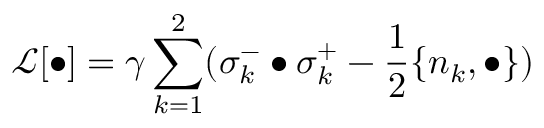
\mathcal { L } [ \bullet ] = \gamma \sum _ { k = 1 } ^ { 2 } ( \sigma _ { k } ^ { - } \bullet \sigma _ { k } ^ { + } - \frac { 1 } { 2 } \{ n _ { k } , \bullet \} )